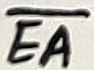
Text: EA